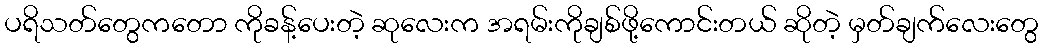
ပရိသတ်တွေကတော ကိုခန့်ပေးတဲ့ ဆုလေးက အရမ်းကိုချစ်ဖို့ကောင်းတယ် ဆိုတဲ့ မှတ်ချက်လေးတွေ